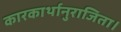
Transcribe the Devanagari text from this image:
कारकार्थानुराजिता।